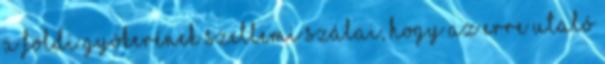
a földi gyökerének szellemi szálai, hogy az erre utaló